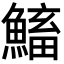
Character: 𩹱